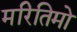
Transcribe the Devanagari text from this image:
मरितिमो